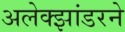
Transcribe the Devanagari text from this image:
अलेक्झांडरने